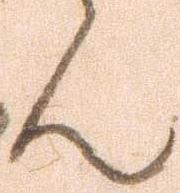
ん